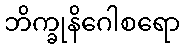
ဘိက္ခုနိဂေါစရော